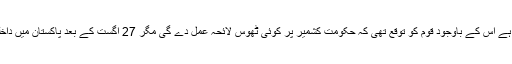
مہنگائی اور معیشت کمزور ہے اس کے باوجود قوم کو توقع تھی کہ حکومت کشمیر پر کوئی ٹھوس لائحہ عمل دے گی مگر 27 اگست کے بعد پاکستان میں داخلی اختلافات کو فروغ دیا گیا۔